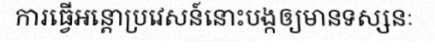
ការធ្វើអន្តោប្រវេសន៍នោះបង្កឲ្យមានទស្សនៈ